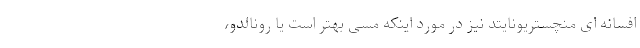
افسانه ای منچستریونایتد نیز در مورد اینکه مسی بهتر است یا رونالدو،